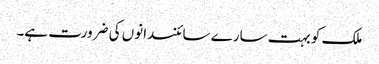
ملک کو بہت سارے سائنسدانوں کی ضرورت ہے۔